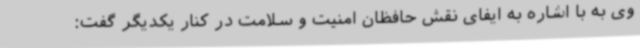
وی به با اشاره به ایفای نقش حافظان امنیت و سلامت در کنار یکدیگر گفت: